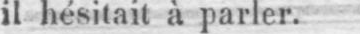
il hésitait à parler.